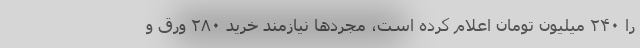
را ۲۴۰ میلیون تومان اعلام کرده است، مجردها نیازمند خرید ۲۸۰ ورق و